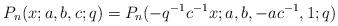
LaTeX: \begin{align*}P_n(x;a,b,c;q)=P_n(-q^{-1}c^{-1}x;a,b,-ac^{-1},1;q)\end{align*}